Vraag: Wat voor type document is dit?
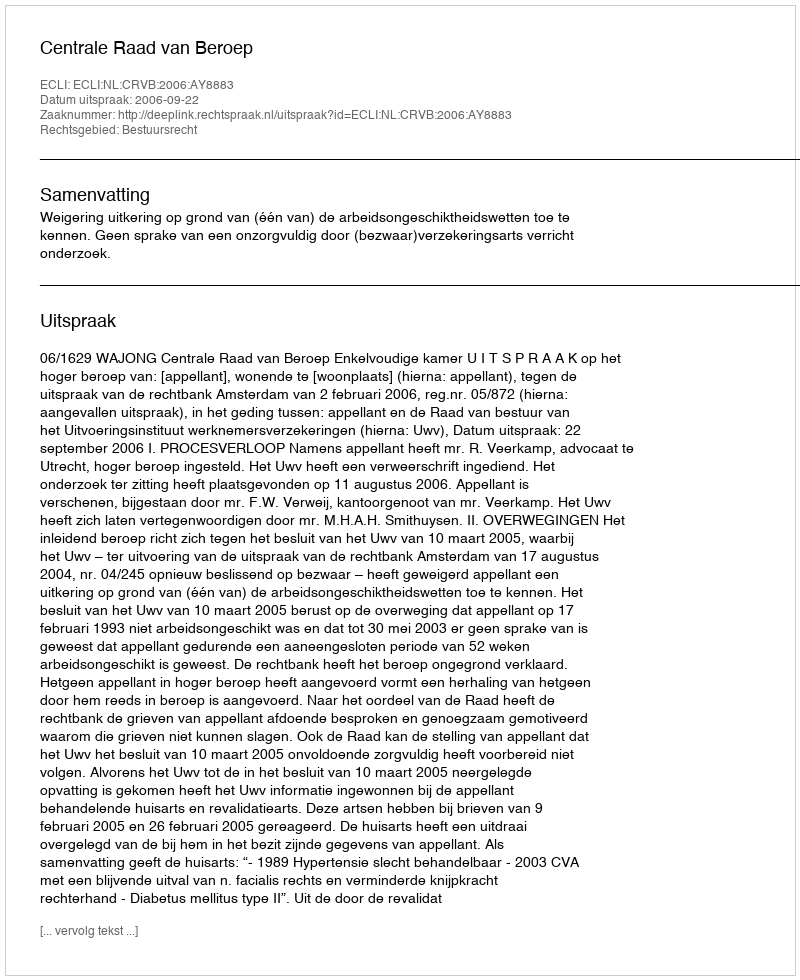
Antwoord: Uitspraak